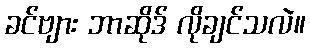
ခင်ဗျား ဘာဆိုဒ် လိုချင်သလဲ။